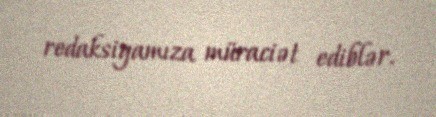
redaksiyamıza müraciət ediblər.